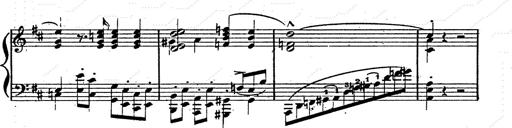
Title: Franz Schuberts geistliche Lieder
Composer: Franz Liszt